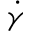
\dot { \gamma }